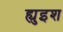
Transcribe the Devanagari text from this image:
ह्युइश